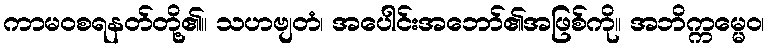
ကာမဝစရနတ်တို့၏။ သဟဗျတံ၊ အပေါင်းအဘော်၏အဖြစ်ကို။ အဘိက္ကမ္မေဝ၊